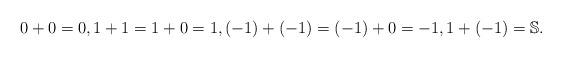
LaTeX: \begin{align*}0+0=0, 1+1=1+0=1, (-1)+(-1)=(-1)+0=-1,1+(-1)=\mathbb{S}. \end{align*}